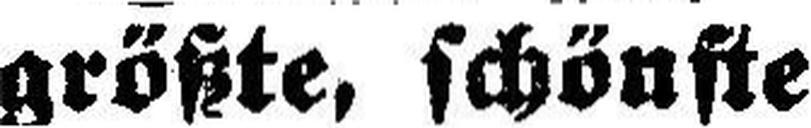
größte, schönste